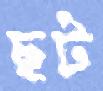
ছট